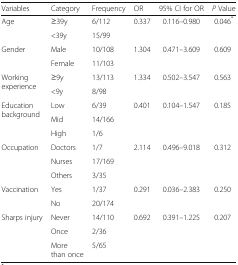
| Variables | Category | Frequency | OR | 95% CI for OR | P Value |
 | --- | --- | --- | --- | --- | --- |
 | <ROWSPAN=2> Age | ≥39y | 6/112 | <ROWSPAN=2> 0.337 | <ROWSPAN=2> 0.116–0.980 | <ROWSPAN=2> 0.046* |
 | <39y | 15/99 |
 | <ROWSPAN=2> Gender | Male | 10/108 | <ROWSPAN=2> 1.304 | <ROWSPAN=2> 0.471–3.609 | <ROWSPAN=2> 0.609 |
 | Female | 11/103 |
 | <ROWSPAN=2> Working experience | ≥9y | 13/113 | <ROWSPAN=2> 1.334 | <ROWSPAN=2> 0.502–3.547 | <ROWSPAN=2> 0.563 |
 | <9y | 8/98 |
 | <ROWSPAN=3> Education background | Low | 6/39 | <ROWSPAN=3> 0.401 | <ROWSPAN=3> 0.104–1.547 | <ROWSPAN=3> 0.185 |
 | Mid | 14/166 |
 | High | 1/6 |
 | <ROWSPAN=3> Occupation | Doctors | 1/7 | <ROWSPAN=3> 2.114 | <ROWSPAN=3> 0.496–9.018 | <ROWSPAN=3> 0.312 |
 | Nurses | 17/169 |
 | Others | 3/35 |
 | <ROWSPAN=2> Vaccination | Yes | 1/37 | <ROWSPAN=2> 0.291 | <ROWSPAN=2> 0.036–2.383 | <ROWSPAN=2> 0.250 |
 | No | 20/174 |
 | <ROWSPAN=3> Sharps injury | Never | 14/110 | <ROWSPAN=3> 0.692 | <ROWSPAN=3> 0.391–1.225 | <ROWSPAN=3> 0.207 |
 | Once | 2/36 |
 | More than once | 5/65 |